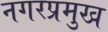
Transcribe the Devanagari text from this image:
नगरप्रमुख